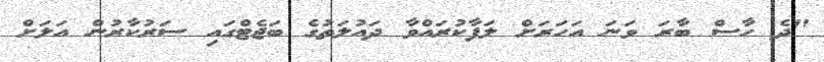
"ދެ ހާސް ބާރަ ވަނަ އަހަރަށް ލަފާކުރައްވާ ދައުލަތުގެ ބަޖެޓްގައި ސަރުކާރުން އަލަށް